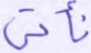
نأتي